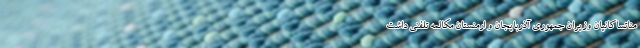
مناتساکانیان وزیران جمهوری آذربایجان و ارمنستان مکالمه تلفنی داشت